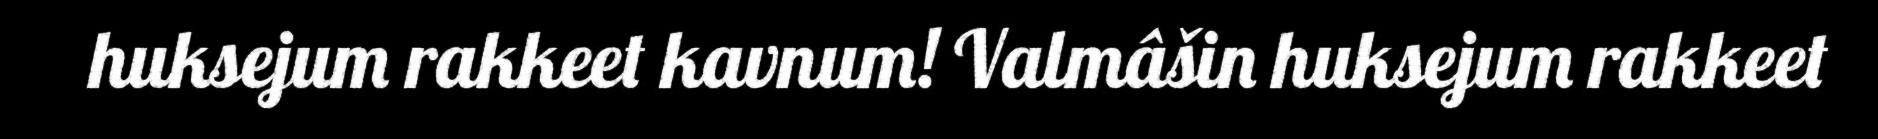
huksejum rakkeet kavnum! Valmâšin huksejum rakkeet